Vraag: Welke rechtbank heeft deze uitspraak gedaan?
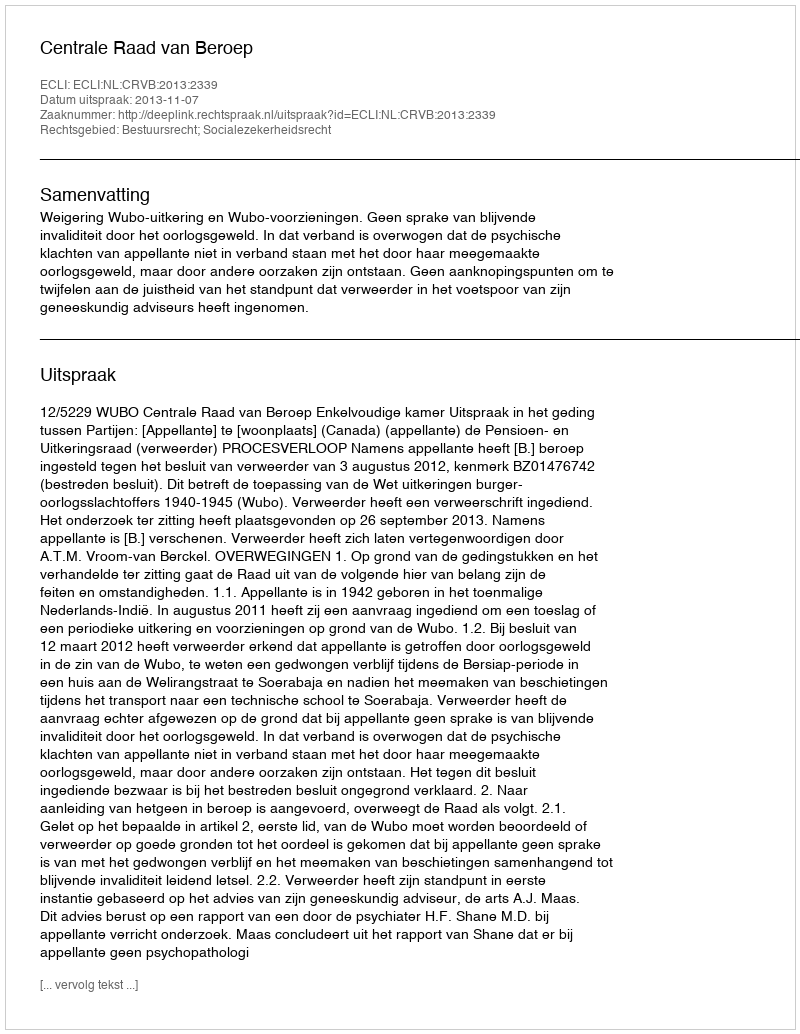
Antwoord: Centrale Raad van Beroep